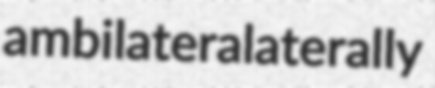
ambilateralaterally